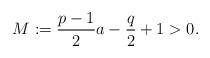
LaTeX: \begin{align*}M:=\frac{p-1}{2}a-\frac{q}{2}+1>0.\end{align*}